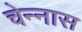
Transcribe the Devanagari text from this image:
चेन्नास